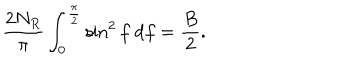
LaTeX: \frac { 2 N _ { R } } { \pi } \int _ { 0 } ^ { \frac { \pi } { 2 } } \sin ^ { 2 } f ~ \mathrm { d } f = \frac { B } { 2 } .